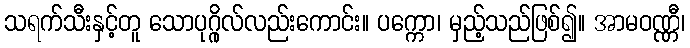
သရက်သီးနှင့်တူ သောပုဂ္ဂိုလ်လည်းကောင်း။ ပက္ကော၊ မှည့်သည်ဖြစ်၍။ အာမဝဏ္ဏီ၊